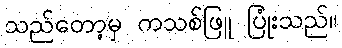
သည်တော့မှ ကသစ်ဖြူ ပြုံးသည်။